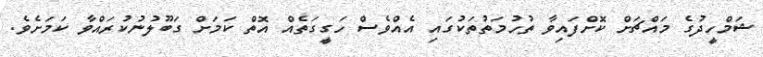
ޝަމްހީދުގެ މައްޗަށް ކޮށްފައިވާ ތުހުމަތުތަކުގައި އެއްވެސް ހަގީގަތެއް އޮތް ކަމަށް ގަބޫލުނުކުރައްވާ ކަމަށެވެ.